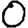
Digit: 0